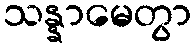
သန္နာမေတွာ